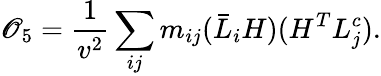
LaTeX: {\cal\mathscr{O}}_{5}=\frac{{1}}{{v^{2}}}\sum_{ij}m_{ij}(\bar{{L}}_{i}H)(H^{T}L_{j}^{c}).